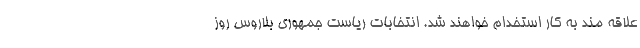
علاقه مند به کار استخدام خواهند شد. انتخابات ریاست جمهوری بلاروس روز